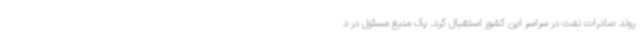
روند صادرات نفت در سراسر این کشور استقبال کرد. یک منبع مسئول در د